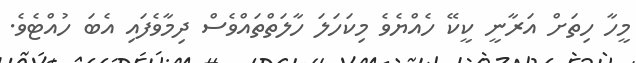
މީހާ ހިތަށް އަރާނީ ކީކޭ ހެއްޔެވެ މިކަހަލަ ހާލަތްތައްވެސް ދިމާވެފައި އެބަ ހުއްޓެވެ.